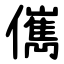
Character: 㒞